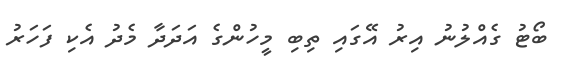
ބޯޓު ގެއްލުނު އިރު އޭގައި ތިބި މީހުންގެ އަދަދާ މެދު އެކި ފަހަރު